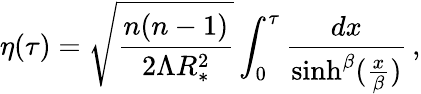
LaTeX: \eta(\tau)=\sqrt{\frac{n(n-1)}{2\Lambda R_{*}^{2}}}\int_{0}^{\tau}{\frac{dx}{\sinh^{\beta}({\frac{x}{\beta}})}}\, ,